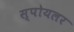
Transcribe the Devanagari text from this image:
स्पोयलर